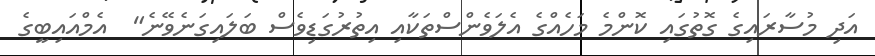
އަދި މުސާރައިގެ ގޮތުގައި ކޮންމެ މަހެއްގެ އެލަވެންސްތަކާއި އިތުރުގަޑިވެސް ބަލައިގަނެވޭނެ"  އެމްއައިބީގެ